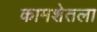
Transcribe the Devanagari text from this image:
कामशेतला